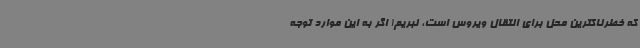
که خطرناکترین محل برای انتقال ویروس است، نبریم! اگر به این موارد توجه